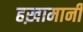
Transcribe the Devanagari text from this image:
हख़ामानी